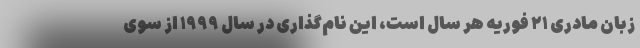
زبان مادری ۲۱ فوریه هر سال است، این نام‌گذاری در سال ۱۹۹۹ از سوی